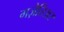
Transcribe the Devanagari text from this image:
गज़ेतिअर